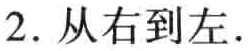
2. 从右到左.